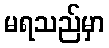
မရသည်မှာ